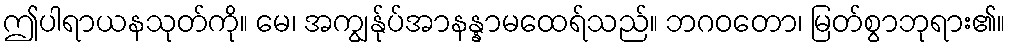
ဤပါရာယနသုတ်ကို။ မေ၊ အကျွန်ုပ်အာနန္နာမထေရ်သည်။ ဘဂဝတော၊ မြတ်စွာဘုရား၏။